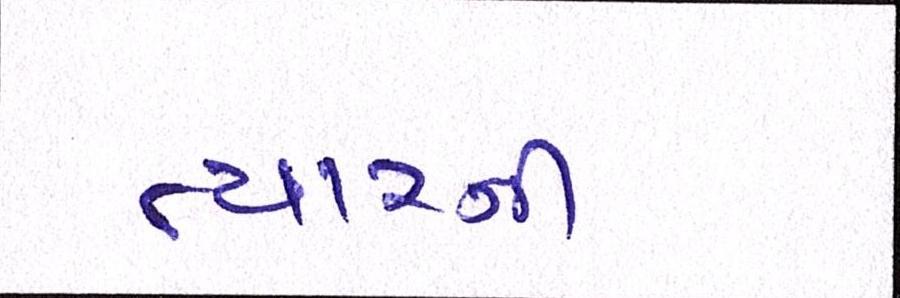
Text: ત્યારની